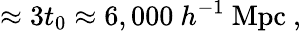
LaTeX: \approx 3t_{0}\approx 6,000~h^{-1}~\mathrm{Mpc}~,